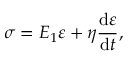
\sigma = E _ { 1 } \varepsilon + \eta \frac { \mathrm { d } \varepsilon } { \mathrm { d } t } ,